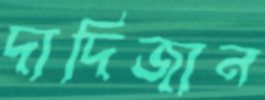
দাদিজান